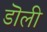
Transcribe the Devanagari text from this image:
डॊली